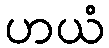
ဟယံ